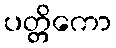
ပတ္တိကော